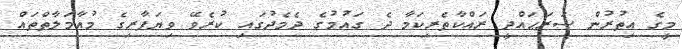
މީގެ އިތުރުން ސަރަޙައްދީ ރައްކާތެރިކަމާ ދެ ގައުމުގެ ދެމެދުގައި ކުރެވޭ ވިޔަފާރިގެ މުއާމަލާތްތައް